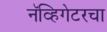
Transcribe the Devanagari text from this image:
नॅव्हिगेटरचा